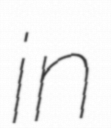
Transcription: in